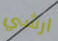
ارشي